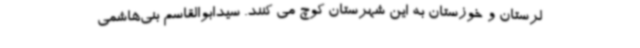
لرستان و خوزستان به این شهرستان کوچ می کنند. سیدابوالقاسم بنی‌هاشمی